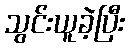
သွင်းယူခဲ့ပြီး